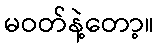
မဝတ်နဲ့တော့။